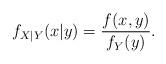
LaTeX: \begin{align*}f_{X|Y} (x|y) = \frac{f(x,y)}{f_Y(y)}.\end{align*}